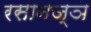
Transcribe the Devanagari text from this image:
रसानज्ञ